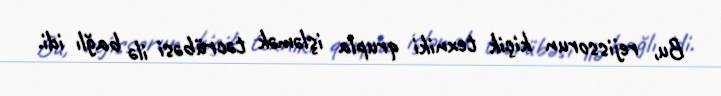
Bu, rejissorun kiçik texniki qrupla işləmək təcrübəsi ilə bağlı idi.